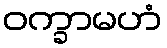
ဝက္ခာမဟံ